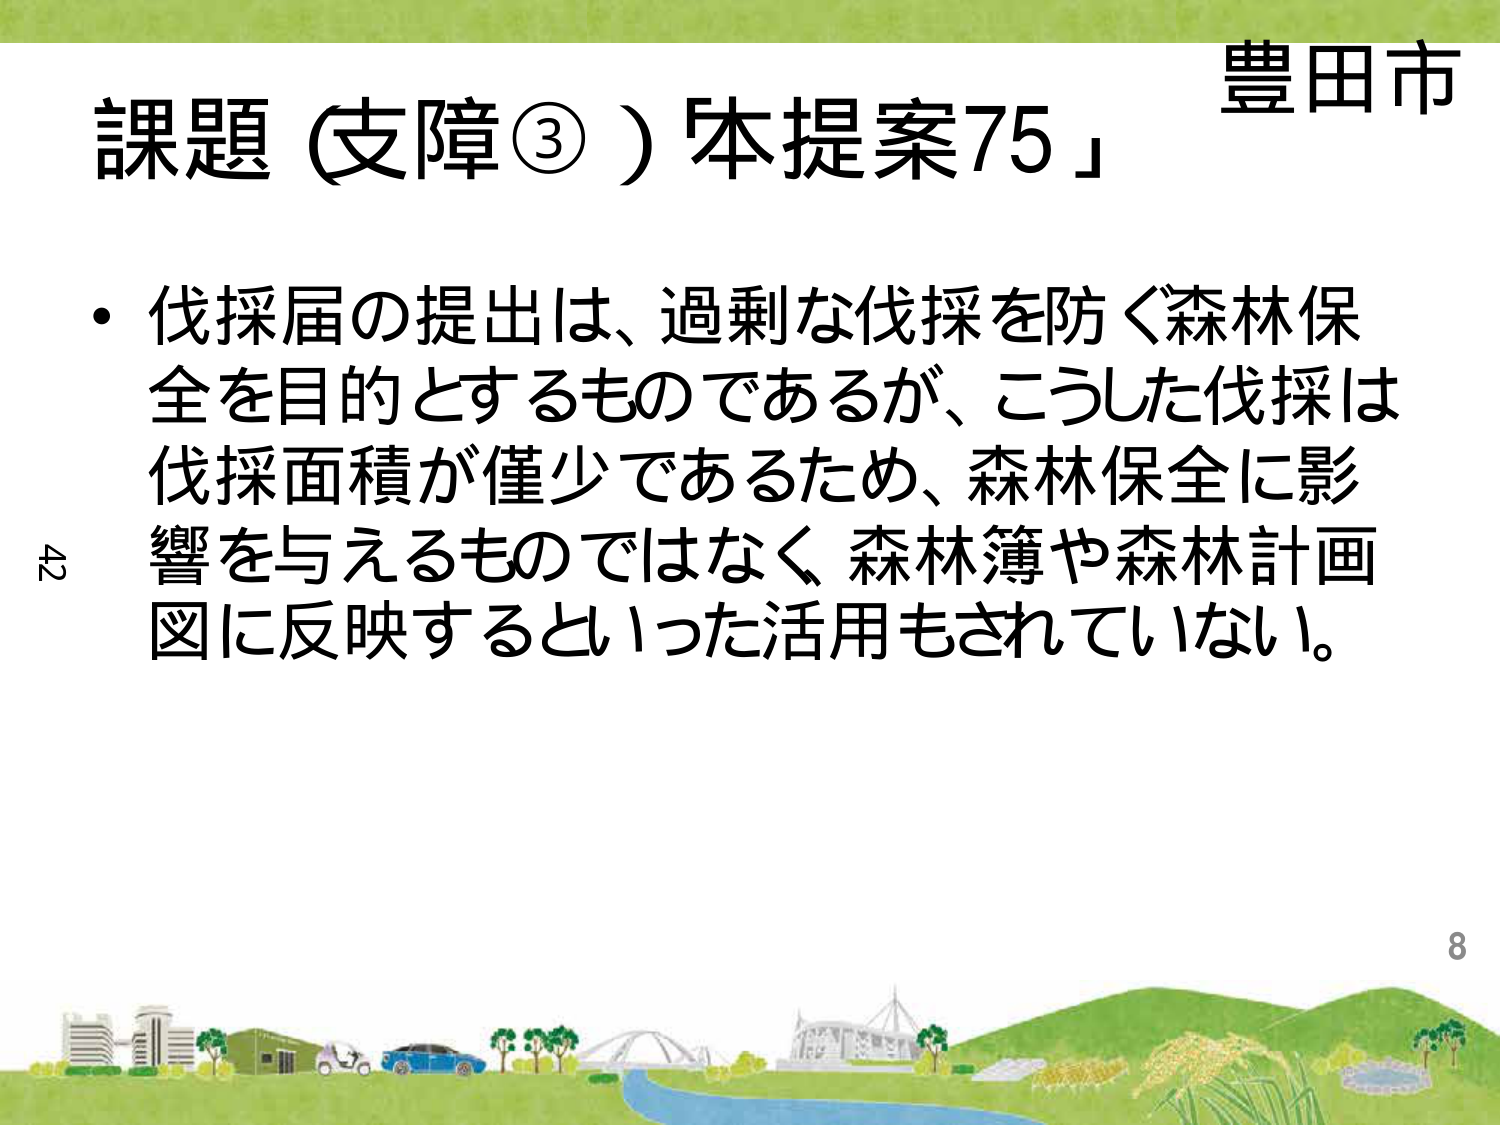
豊田市
課題（支障③）「本提案75」
・伐採届の提出は、過剰な伐採を防ぐ森林保全を目的とするものであるが、こうした伐採は伐採面積が僅少であるため、森林保全に影響を与えるものではなく、森林簿や森林計画図に反映するといった活用もされていない。
42
8